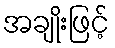
အချိုးဖြင့်